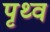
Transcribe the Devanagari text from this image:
पृथ्व